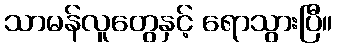
သာမန်လူတွေနှင့် ရောသွားပြီ။